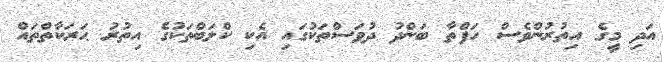
އަދި މީގެ އިތުރުންވެސް ހަފްތާ ބަންދު ދުވަސްތަކުގައި އެކި ކްލަބްތަކުގެ އިތުރު ޙަރަކާތްތައް